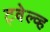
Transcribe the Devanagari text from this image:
ट्वेल्व्ह